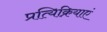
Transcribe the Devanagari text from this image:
प्रत्यिक्रियाएं